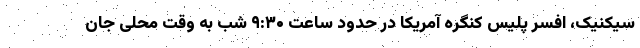
سیکنیک، افسر پلیس کنگره آمریکا در حدود ساعت ۹:۳۰ شب به وقت محلی جان